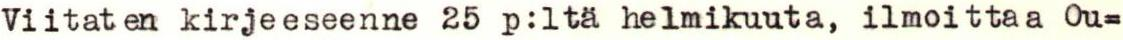
Viitaten kirjeeseenne 25 p:ltä helmikuuta, ilmoittaa Ou=